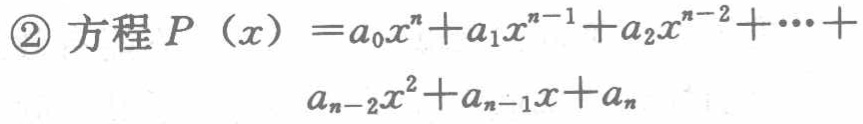
\textcircled{2} 方程 \(P(x)=a_{0}x^{n}+a_{1}x^{n - 1}+a_{2}x^{n - 2}+\cdots +a_{n - 2}x^{2}+a_{n - 1}x + a_{n}\)